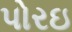
પોરઇ